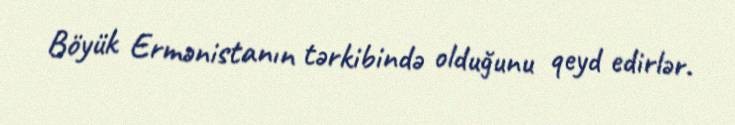
Böyük Ermənistanın tərkibində olduğunu qeyd edirlər.